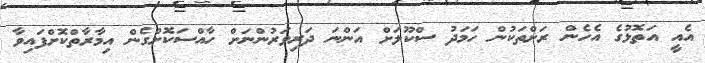
އެއީ އަތޮޅުގެ އެހެން ރަށްތަކުން ހަމަދު ސްކޫލަށް އަންނަ ދަރިވަރުންނަށް ހާއްސަކޮށްގެން އިމާރާތްކޮށްފައިވާ